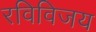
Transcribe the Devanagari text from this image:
रविविजय